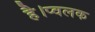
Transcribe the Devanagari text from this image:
है।प्वलक